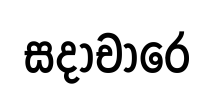
සදාචාරෙ